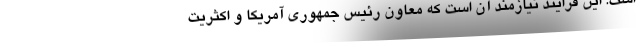
است. این فرایند نیازمند آن است که معاون رئیس جمهوری آمریکا و اکثریت